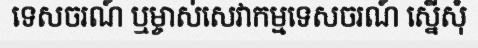
ទេសចរណ៍ ឬម្ចាស់សេវាកម្មទេសចរណ៍ ស្នើសុំ